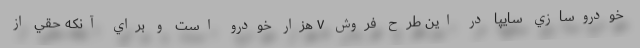
خودروسازي سايپا در این طرح فروش ۷ هزار خودرو است و براي آنكه حقي از